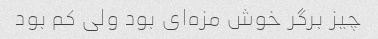
چیز برگر خوش مزه‌ای بود ولی کم بود